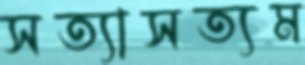
সত্যাসত্যম